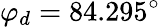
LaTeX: \varphi_{d}=84.295^{\circ}